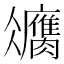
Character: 𦢻